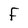
Character: F